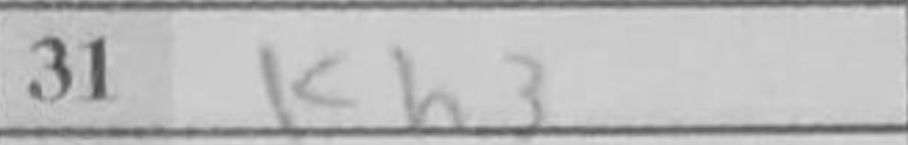
Transcription: Kh3